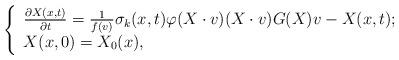
LaTeX: \begin{align*}\left\{\begin{array}{lr}\frac{\partial X(x,t)}{\partial t}=\frac{1}{f(v)}\sigma_{k}(x,t)\varphi(X\cdot v)(X\cdot v)G(X)v-X(x,t); \\X(x,0)=X_{0}(x),\end{array}\right.\end{align*}